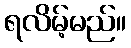
ရလိမ့်မည်။